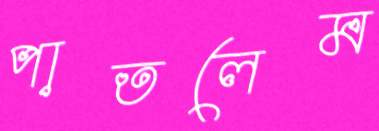
পাতলেম